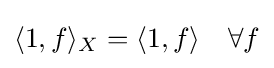
\langle 1,f\rangle _{X}=\langle 1,f\rangle \quad \forall f